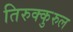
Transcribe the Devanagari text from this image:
तिरुक्कुरुल